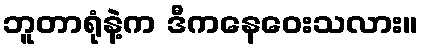
ဘူတာရုံနဲ့က ဒီကနေဝေးသလား။